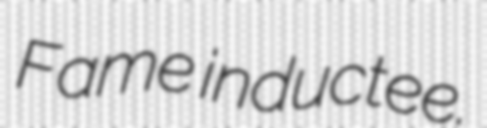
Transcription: Fame inductee.